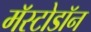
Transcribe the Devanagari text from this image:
मॅस्टोडॉन